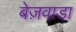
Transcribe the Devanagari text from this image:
बेज़वाडा